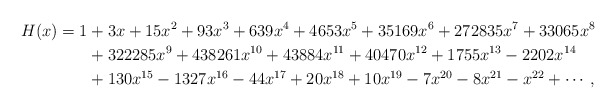
\begin{align*}H(x)=1 &+ 3x + 15x^2 + 93x^3 + 639x^4 + 4653x^5 + 35169x^6 + 272835x^7 + 33065x^8\\ &+ 322285x^9 + 438261x^{10} + 43884x^{11} + 40470x^{12} + 1755x^{13} - 2202x^{14}\\ &+ 130x^{15} - 1327x^{16} - 44x^{17} + 20x^{18} + 10x^{19} - 7x^{20} - 8x^{21} - x^{22} + \cdots,\end{align*}